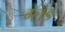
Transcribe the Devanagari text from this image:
ग्लँड